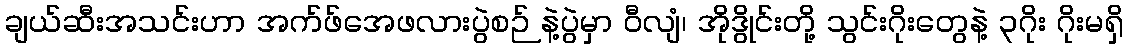
ချယ်ဆီးအသင်းဟာ အက်ဖ်အေဖလားပွဲစဉ် နဲ့ပွဲမှာ ဝီလျံ၊ အိုဒွိုင်းတို့ သွင်းဂိုးတွေနဲ့ ၃ဂိုး ဂိုးမရှိ